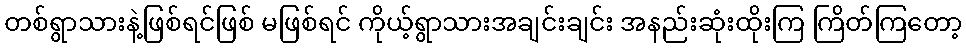
တစ်ရွာသားနဲ့ဖြစ်ရင်ဖြစ် မဖြစ်ရင် ကိုယ့်ရွာသားအချင်းချင်း အနည်းဆုံးထိုးကြ ကြိတ်ကြတော့